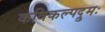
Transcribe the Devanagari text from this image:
कविकल्पद्रुमः